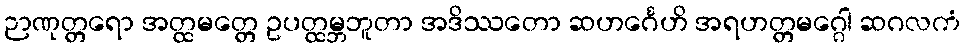
ဉာဏုတ္တရော အတ္ထမတ္တေ ဥပတ္ထမ္ဘဘူတာ အဒိဿတော ဆဟင်္ဂေဟိ အရဟတ္တမဂ္ဂေါ ဆဂလကံ